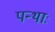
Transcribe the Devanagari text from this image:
पन्थाः